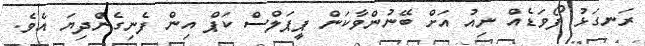
ރަނގަޅު ފޯވަޑެއް ނިއު އަށް ބޭނުންވާކަން ޕީޕަލްސް ކަޕް އިން ފެނިގެންދިޔަ އެވެ.